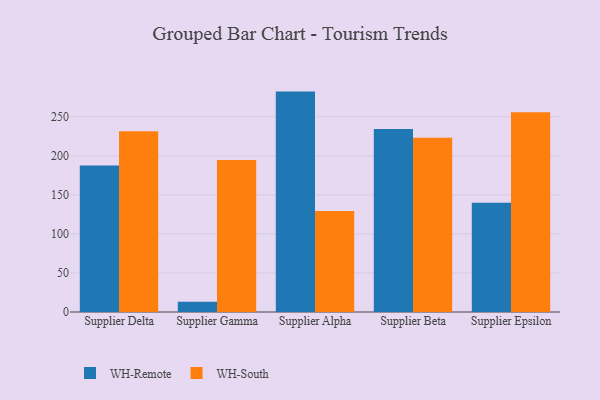
{"axis": {"x": "Supplier", "y": "Shipments"}, "legend": ["WH-Remote", "WH-South"], "data": [{"x": "Supplier Delta", "y": 187.8, "type": "WH-Remote"}, {"x": "Supplier Delta", "y": 231.6, "type": "WH-South"}, {"x": "Supplier Gamma", "y": 13.2, "type": "WH-Remote"}, {"x": "Supplier Gamma", "y": 194.7, "type": "WH-South"}, {"x": "Supplier Alpha", "y": 282.3, "type": "WH-Remote"}, {"x": "Supplier Alpha", "y": 129.3, "type": "WH-South"}, {"x": "Supplier Beta", "y": 234.5, "type": "WH-Remote"}, {"x": "Supplier Beta", "y": 223.2, "type": "WH-South"}, {"x": "Supplier Epsilon", "y": 139.8, "type": "WH-Remote"}, {"x": "Supplier Epsilon", "y": 256.0, "type": "WH-South"}]}